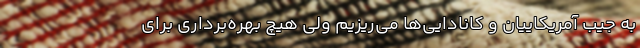
به جیب آمریکاییان و کانادایی‌ها می‌ریزیم ولی هیچ بهره‌برداری برای